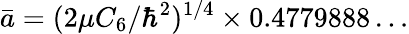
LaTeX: \bar{a}=(2\mu C_{6}/\hbar^{2})^{1/4}\times 0.4779888\dots